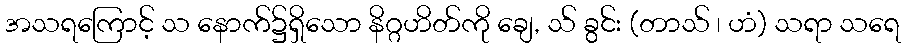
အသရကြောင့် သ နောက်၌ရှိသော နိဂ္ဂဟိတ်ကို ချေ, သ် ခွင်း (တာသ် ၊ ဟံ) သရာ သရေ